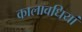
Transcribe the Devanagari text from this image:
कालावधियां